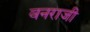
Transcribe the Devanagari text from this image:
वनराजी